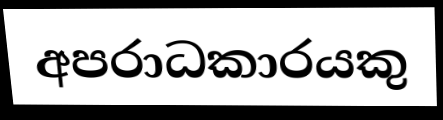
අපරාධකාරයකු